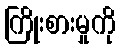
ကြိုးစားမှုကို